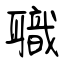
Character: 職